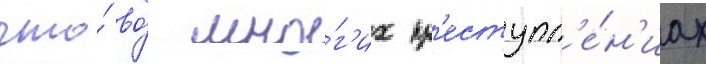
что́ во́ мно́г'их пр'еступл'е́н'иах